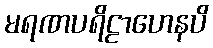
မရဏပရိဠာဟေနပိ